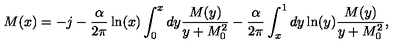
M ( x ) = - j - \frac { \alpha } { 2 \pi } \ln ( x ) \int _ { 0 } ^ { x } d y \frac { M ( y ) } { y + M _ { 0 } ^ { 2 } } - \frac { \alpha } { 2 \pi } \int _ { x } ^ { 1 } d y \ln ( y ) \frac { M ( y ) } { y + M _ { 0 } ^ { 2 } } ,